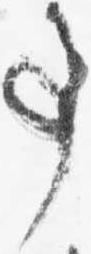
事